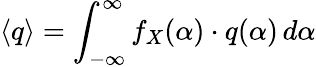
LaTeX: \langle q\rangle=\int_{-\infty}^{\infty}f_{X}(\alpha)\cdot q(\alpha)\, d\alpha